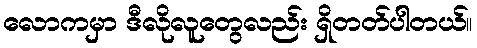
လောကမှာ ဒီလိုလူတွေလည်း ရှိတတ်ပါတယ်။